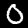
Digit: 0